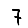
Digit: 7